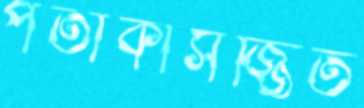
পতাকাসজ্জিত